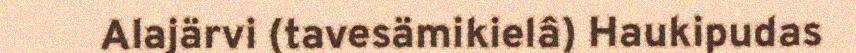
Alajärvi (tavesämikielâ) Haukipudas